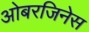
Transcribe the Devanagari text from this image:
ओबरजिनेस